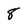
Character: 8